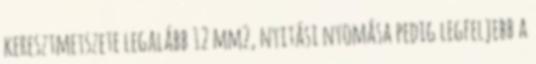
keresztmetszete legalább 12 mm2, nyitási nyomása pedig legfeljebb a